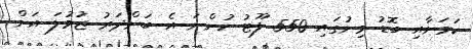
ކަމަށާއި ބޮޑު މިނުގައި 550 ފޫޓު ހުންނަ އެ ބަންދަރު ޖުމުލަ އަށް